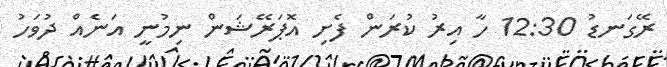
ރޭގަނޑު 12:30 ހާ އިރު ކުރަން ފެށި އޮޕަރޭޝަން ނިމުނީ އަނެއް ދުވަހު